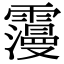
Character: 𩆓